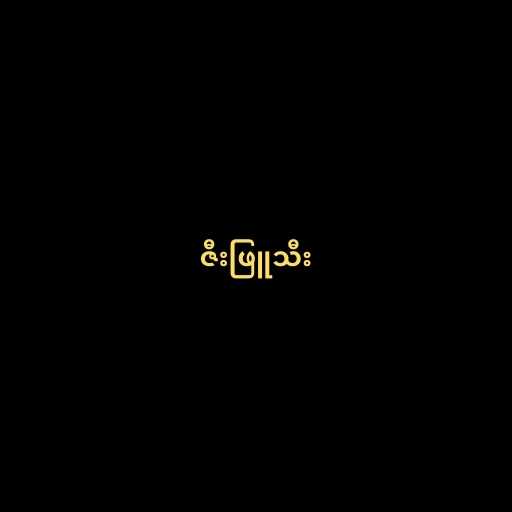
ဇီးဖြူသီး